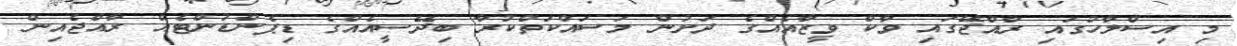
މި އިސްލާހުގައި ރާއްޖޭގައި ވާކް ވީޒާއެއްގެ ދަށުން މަސައްކަތްކުރާ ބިދޭސީއެއްގެ ޑިޕެންޑަންޓެއް ރާއްޖެއިން